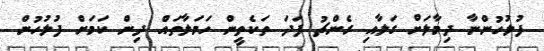
ފުލުހުންނާ ދިމާލަށް ގަލާއި ރެންޗު ފަދަ ތަކެތީން ހަމަލާތައް ދިން ކަމަށް ފުލުހުން